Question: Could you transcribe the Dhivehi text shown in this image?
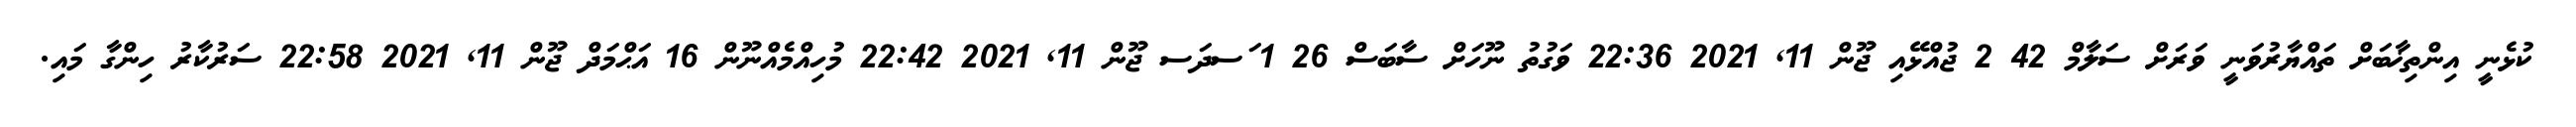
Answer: ކުޅެނީ އިންތިޚާބަށް ތައްޔާރުވަނީ ވަރަށް ސަލާމް 42 2 ޖުއްޅޭއި ޖޫން 11, 2021 22:36 ވަގުތު ނޫހަށް ސާބަސް 26 1 ަސދަސ ޖޫން 11, 2021 22:42 މުހިއްމެއްނޫން 16 އަޙްމަދް ޖޫން 11, 2021 22:58 ސަރުކާރު ހިންގާ މައި.